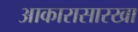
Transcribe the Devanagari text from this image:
आकारासारखा